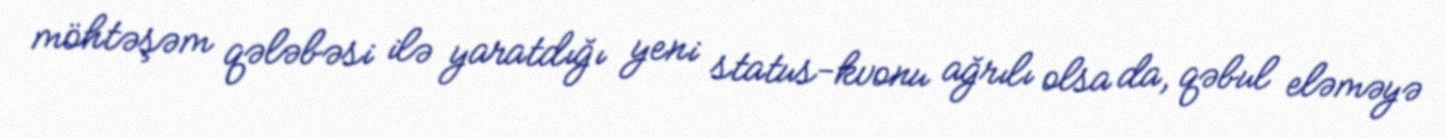
möhtəşəm qələbəsi ilə yaratdığı yeni status-kvonu ağrılı olsa da, qəbul eləməyə